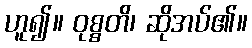
ဟူ၍။ ဝုစ္စတိ၊ ဆိုအပ်၏။